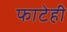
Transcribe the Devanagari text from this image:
फाटेही